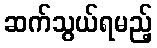
ဆက်သွယ်ရမည့်